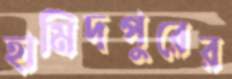
হামিদপুরের